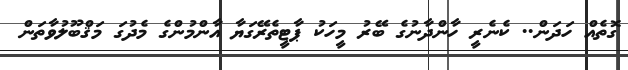
ގޮތެއް ހަދަން.. ކެނެރީ ހާންދާނުގެ ބޭރު މީހަކު ޕާޓީތެރޭގަޔާ އާންމުންގެ މެދުގަ މަޤްބޫލުވާތަން